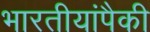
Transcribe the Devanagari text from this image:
भारतीयांपैकी